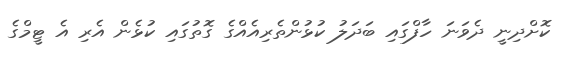
ކޮށްދިނީ ދެވަނަ ހާފްގައި ބަދަލު ކުޅުންތެރިއެއްގެ ގޮތުގައި ކުޅެން އެރި އެ ޓީމްގެ